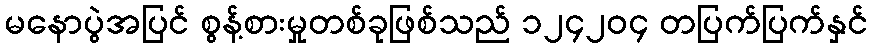
မနောပွဲအပြင် စွန့်စားမှုတစ်ခုဖြစ်သည် ၁၂၄၂၀၄ တပြက်ပြက်နှင်